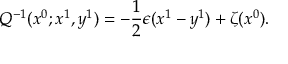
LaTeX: Q ^ { - 1 } ( x ^ { 0 } ; x ^ { 1 } , y ^ { 1 } ) = - \frac { 1 } { 2 } \epsilon ( x ^ { 1 } - y ^ { 1 } ) + \zeta ( x ^ { 0 } ) .